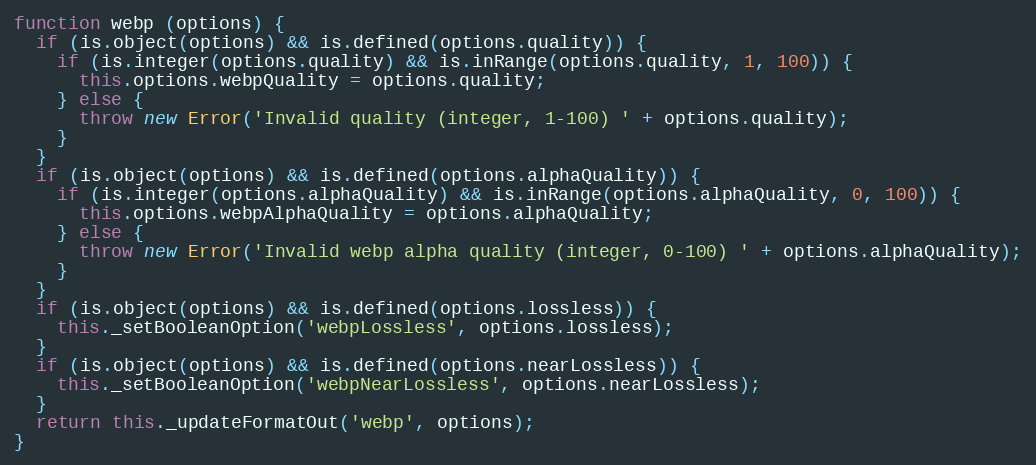
Language: JavaScript
function webp (options) {
  if (is.object(options) && is.defined(options.quality)) {
    if (is.integer(options.quality) && is.inRange(options.quality, 1, 100)) {
      this.options.webpQuality = options.quality;
    } else {
      throw new Error('Invalid quality (integer, 1-100) ' + options.quality);
    }
  }
  if (is.object(options) && is.defined(options.alphaQuality)) {
    if (is.integer(options.alphaQuality) && is.inRange(options.alphaQuality, 0, 100)) {
      this.options.webpAlphaQuality = options.alphaQuality;
    } else {
      throw new Error('Invalid webp alpha quality (integer, 0-100) ' + options.alphaQuality);
    }
  }
  if (is.object(options) && is.defined(options.lossless)) {
    this._setBooleanOption('webpLossless', options.lossless);
  }
  if (is.object(options) && is.defined(options.nearLossless)) {
    this._setBooleanOption('webpNearLossless', options.nearLossless);
  }
  return this._updateFormatOut('webp', options);
}